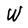
Character: W